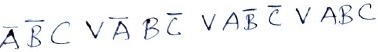
Text: ABCVABCVABCVABC